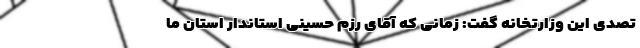
تصدی این وزارتخانه گفت: زمانی که آقای رزم حسینی استاندار استان ما